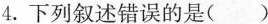
4.下列叙述错误的是( )